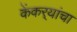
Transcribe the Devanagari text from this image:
केंकर्‍यांचा